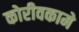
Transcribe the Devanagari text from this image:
कोरीवकामे